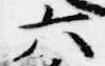
六